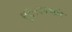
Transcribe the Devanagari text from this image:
धुडकावणारे